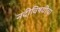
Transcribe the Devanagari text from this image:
नदीविषयीचा